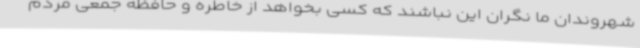
شهروندان ما نگران این نباشند که کسی بخواهد از خاطره و حافظه جمعی مردم